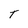
Character: T